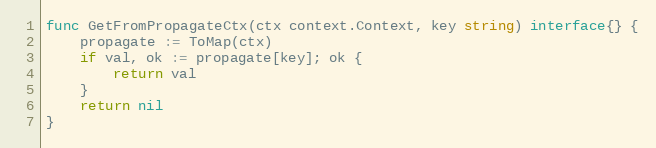
Language: Go
func GetFromPropagateCtx(ctx context.Context, key string) interface{} {
	propagate := ToMap(ctx)
	if val, ok := propagate[key]; ok {
		return val
	}
	return nil
}